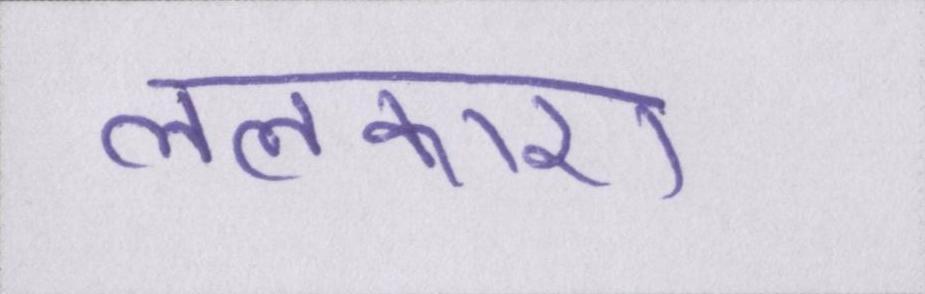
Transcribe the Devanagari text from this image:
ललकारा